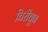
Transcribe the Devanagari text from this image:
चिरीचुन